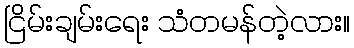
ငြိမ်းချမ်းရေး သံတမန်တဲ့လား။